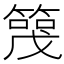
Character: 𬕪